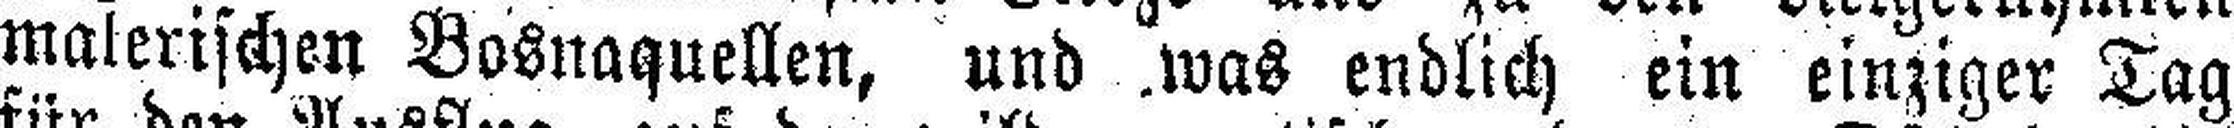
malerischen Bosnaguellen, und .was endlich ein einziger Tag